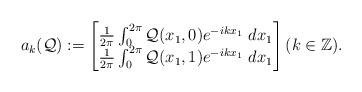
LaTeX: \begin{align*}a_k(\mathcal{Q}):=\begin{bmatrix}\frac{1}{2\pi} \int_0^{2\pi} \mathcal{Q}(x_1,0) e^{-i k x_1} \ dx_1\\\frac{1}{2\pi} \int_0^{2\pi} \mathcal{Q}(x_1,1) e^{-i k x_1} \ dx_1 \end{bmatrix} (k\in \mathbb{Z}).\end{align*}